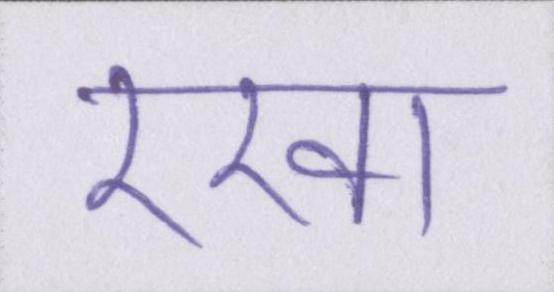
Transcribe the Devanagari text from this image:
रखा